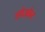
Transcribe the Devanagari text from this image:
लोउवेन